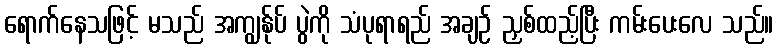
ရောက်နေသဖြင့် မသည် အကျွန်ုပ် ပွဲကို သံပုရာရည် အချဉ် ညှစ်ထည့်ပြီး ကမ်းပေးလေ သည်။